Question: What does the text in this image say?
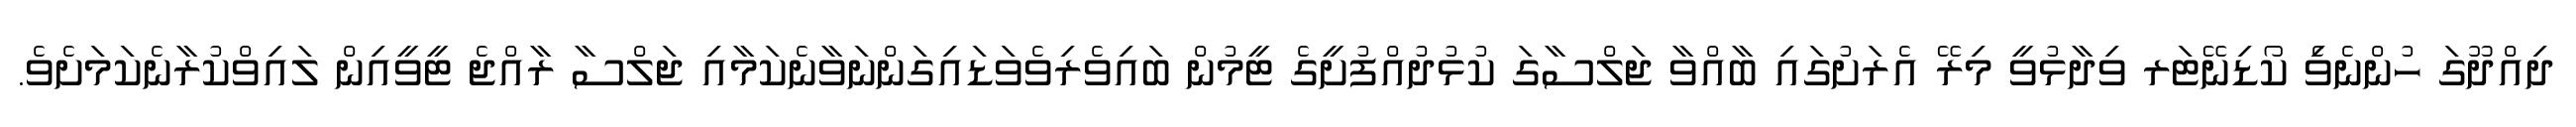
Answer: ދިއްދޫގަ ހުންނެވެި ކޯޑިނޭޓަރ ވިދާޅުވީ މިރޭ އެރަށުގައި ބާއްވާ ޖަލްސާގަ ކުޅުދުއްފުށީގެ ޓީމުން ބައިވެރިވެވަޑައިގަންނަވާނެކަމާއި ޖަލްސާ ރާއްޖެ ޓީވީއިން ލައިވްކުރާނެކަމަށެވެ.